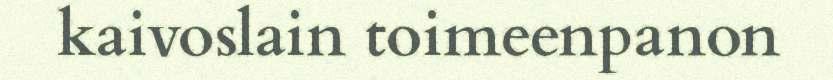
kaivoslain toimeenpanon